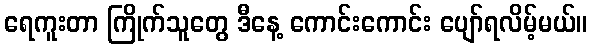
ရေကူးတာ ကြိုက်သူတွေ ဒီနေ့ ကောင်းကောင်း ပျော်ရလိမ့်မယ်။